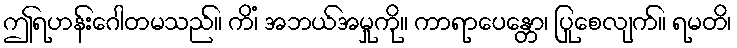
ဤရဟန်းဂေါတမသည်။ ကိံ၊ အဘယ်အမှုကို။ ကာရာပေန္တော၊ ပြုစေလျက်။ ရမတိ၊